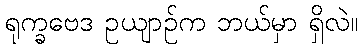
ရုက္ခဗေဒ ဥယျာဉ်က ဘယ်မှာ ရှိလဲ။